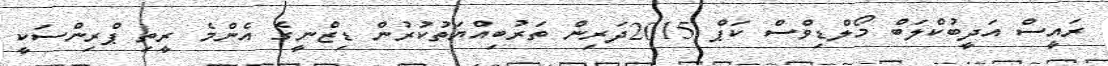
ރައީސް އަދީބުކްލަބް މޯލްޑިވްސް ކަޕް 2015ދަރިން ތަރުބިއްޔަތުކުރުން ޑިޒްނީގެ އެންމެ ރީތި ޕްރިންސަކީ